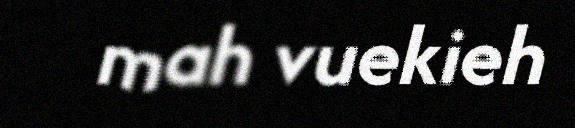
mah vuekieh